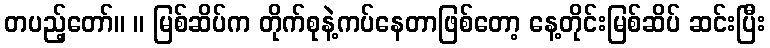
တပည့်တော်။ ။ မြစ်ဆိပ်က တိုက်စုနဲ့ကပ်နေတာဖြစ်တော့ နေ့တိုင်းမြစ်ဆိပ် ဆင်းပြီး